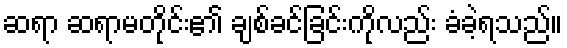
ဆရာ ဆရာမတိုင်း၏ ချစ်ခင်ခြင်းကိုလည်း ခံခဲ့ရသည်။